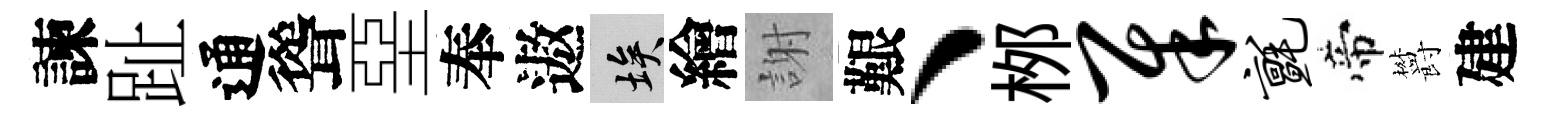
諫趾通聳堊奉遨埃繪謝艱、桞犀毡帝欝建